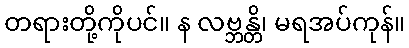
တရားတို့ကိုပင်။ န လဗ္ဘန္တိ၊ မရအပ်ကုန်။